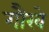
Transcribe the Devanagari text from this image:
गौरवे